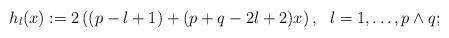
LaTeX: \begin{align*}h_l(x) := 2\left((p-l+1) + (p+q - 2l+2)x\right),\ \ l = 1, \ldots, p\wedge q;\end{align*}